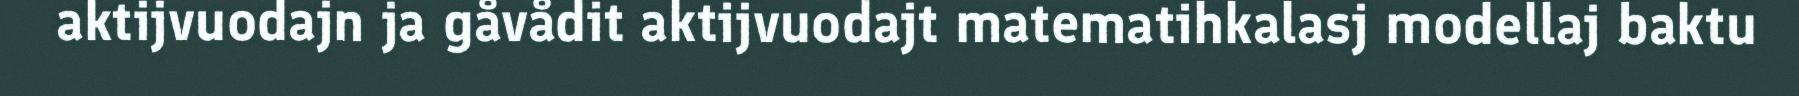
aktijvuodajn ja gåvådit aktijvuodajt matematihkalasj modellaj baktu